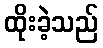
ထိုးခဲ့သည်